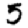
Digit: 5